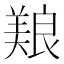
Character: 𫝥